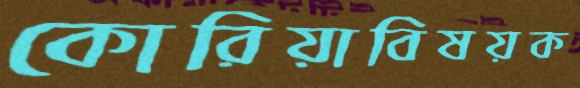
কোরিয়াবিষয়ক